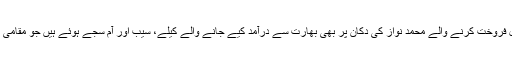
وفاقی دارالحکومت میں گزشتہ 20 سال سے پھل فروخت کرنے والے محمد نواز کی دکان پر بھی بھارت سے درآمد کیے جانے والے کیلے، سیب اور آم سجے ہوئے ہیں جو مقامی پھلوں کی نسبت خوشنما اور بڑے سائز کے ہیں۔